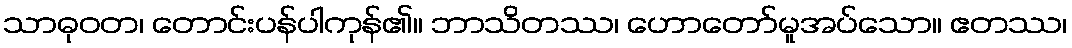
သာဓုဝတ၊ တောင်းပန်ပါကုန်၏။ ဘာသိတဿ၊ ဟောတော်မူအပ်သော။ ဧတဿ၊